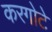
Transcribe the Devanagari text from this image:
करगोटे